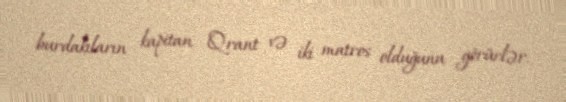
burdakıların kapitan Qrant və iki matros olduğunu görürlər.